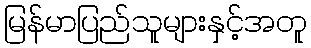
မြန်မာပြည်သူများနှင့်အတူ